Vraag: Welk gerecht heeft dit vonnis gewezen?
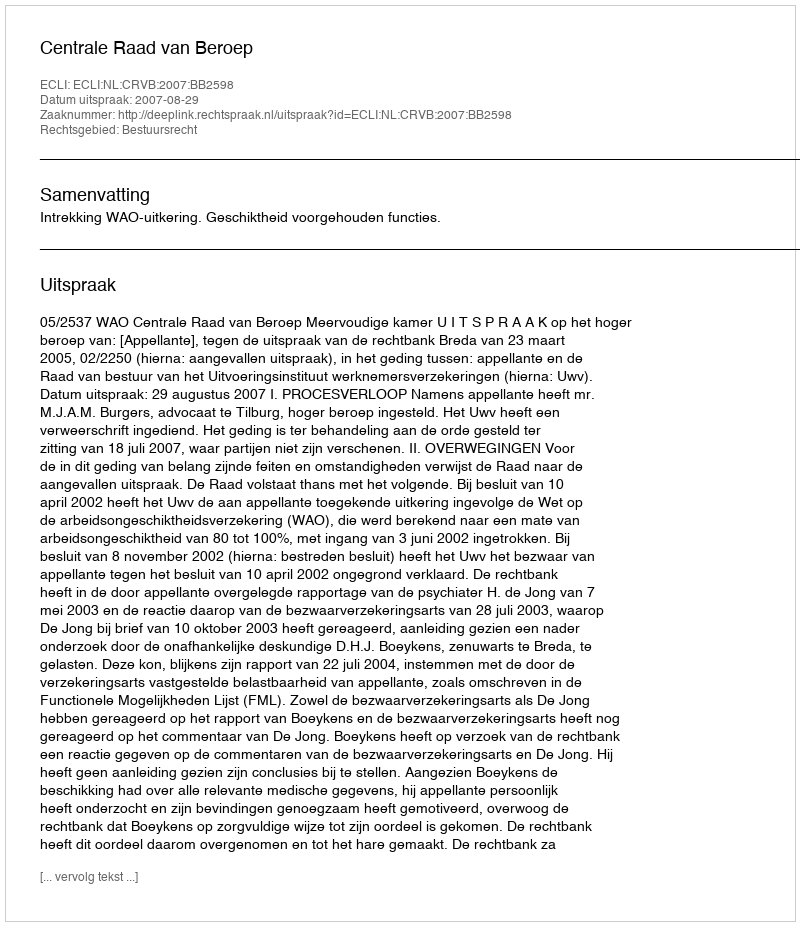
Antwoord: Centrale Raad van Beroep